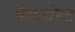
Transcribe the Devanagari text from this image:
पैकवेस्ट